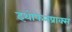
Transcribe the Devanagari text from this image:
इथोफेनप्राक्‍स